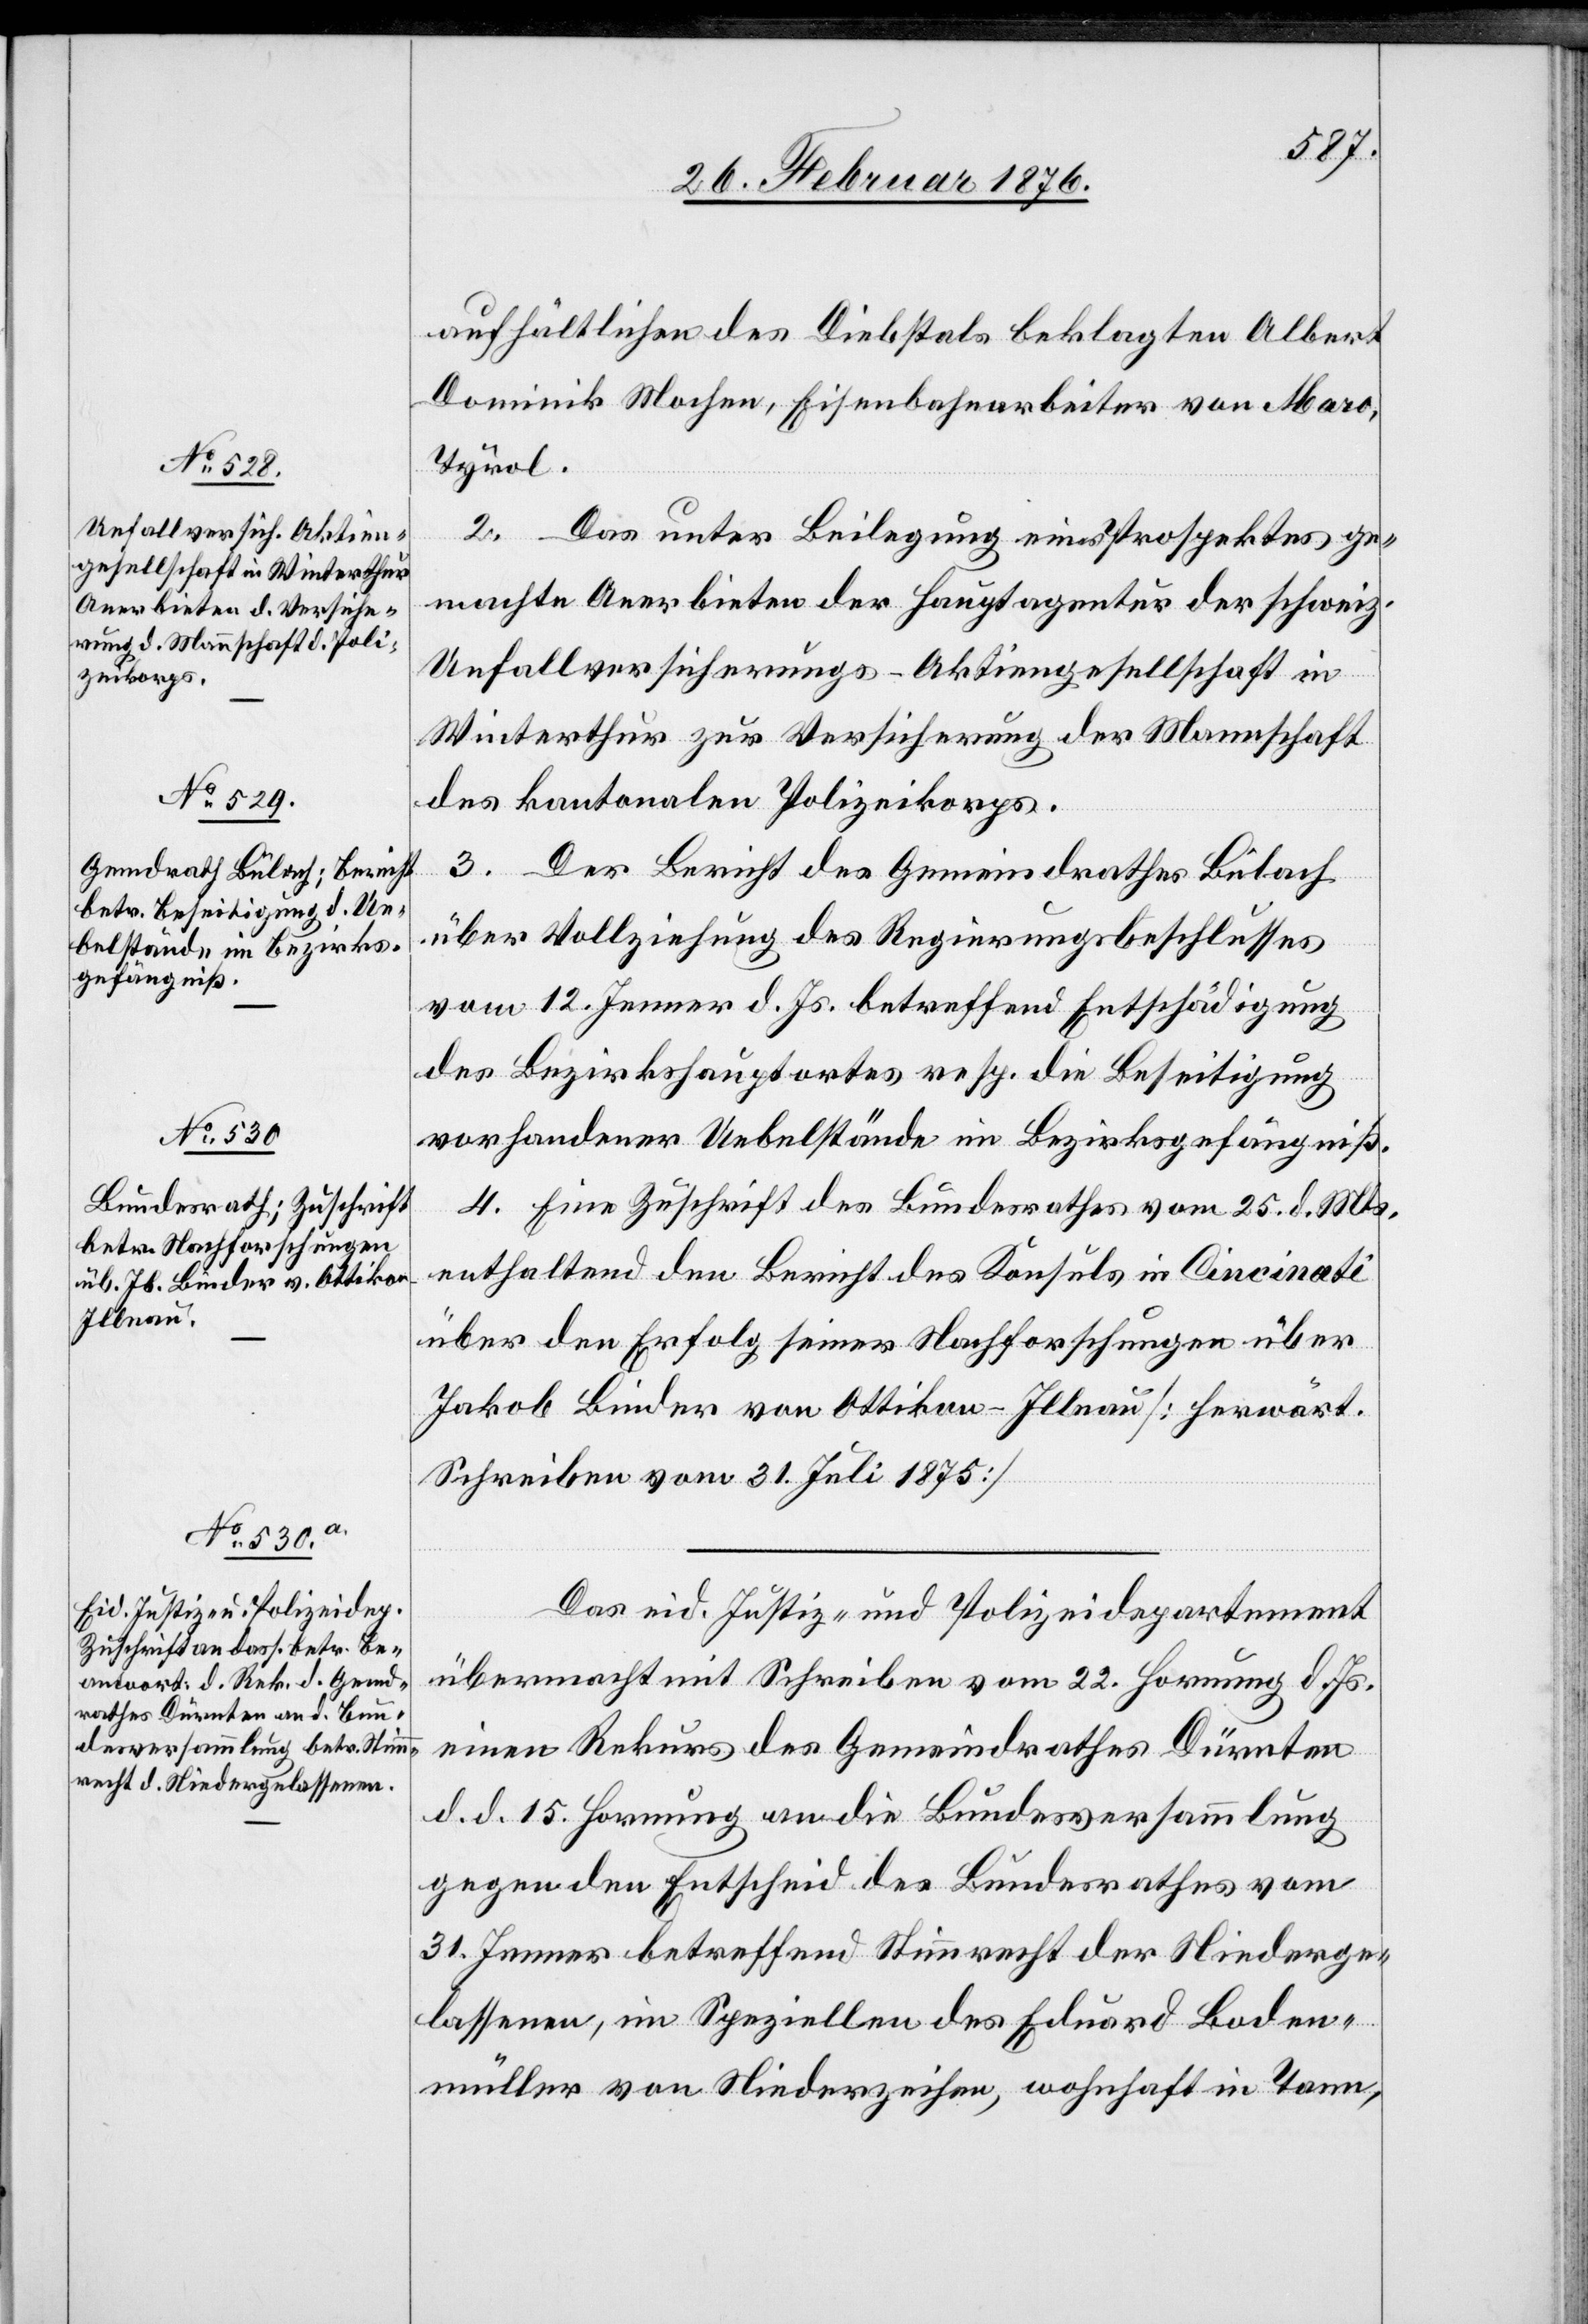
28. Februar 1876.]
aufhältlichen des Diebstals beklagte Albert
Dominik Mochee, Eisenbahnarbeiter von Maro,
Tyrol.
2. Das unter Beilegung eines Prospektes ge¬
machte Anerbieten der Hauptagentur der schweiz.
Unfallversicherungs-Aktiengesellschaft in
Winterthur zur Versicherung der Mannschaft
des kantonalen Polizeikorps.
3. Der Bericht des Gemeindrathes Bülach
über Vollziehung des Regierungsbeschlusses
vom 12. Jenner d. Js. betreffend Entschädigung
des Bezirkshauptortes resp. die Beseitigung
vorhandener Uebelstände im Bezirksgefängniß.
4. Eine Zuschrift des Bundesrathes vom 25. d. Mts.
enthaltend den Bericht des Konsuls in Cincinati
über den Erfolg seiner Nachforschungen über
Jakob Binder von Ottikon-Illnau [herwärt.
Schreiben vom 31. Juli 1875].
Das eid. Justiz- und Polizeidepartement
übermacht mit Schreiben vom 22. Hornung d. Js.
einen Rekurs des Gemeindrathes Dürnten
d. d. 15. Hornung an die Bundesversammlung
gegen den Entscheid des Bundesrathes vom
31. Jenner betreffend Stimmrecht der Niederge¬
lassenen, im Speziellen des Eduard Boden¬
müller von Niederzeihen, wohnhaft in Tann,